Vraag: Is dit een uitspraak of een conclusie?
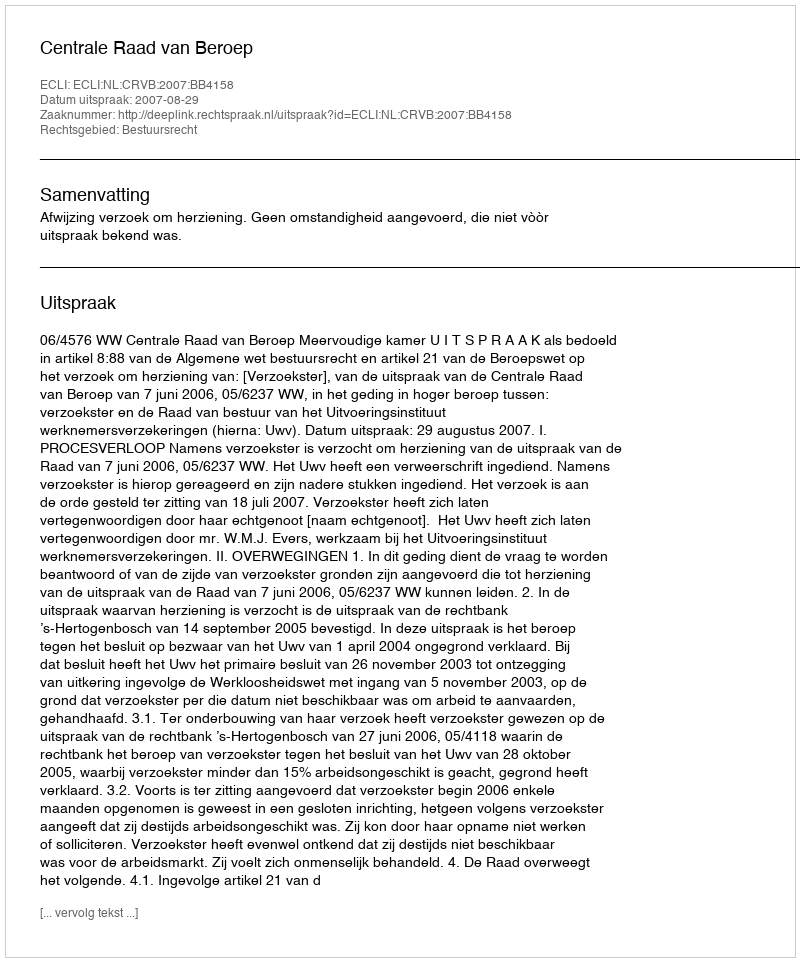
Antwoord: Uitspraak